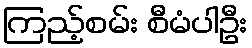
ကြည့်စမ်း စီမံပါဦး